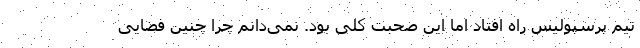
تیم پرسپولیس راه افتاد اما این صحبت کلی بود. نمی‌دانم چرا چنین فضایی